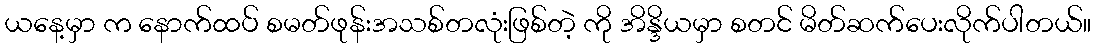
ယနေ့မှာ က နောက်ထပ် စမတ်ဖုန်းအသစ်တလုံးဖြစ်တဲ့ ကို အိန္ဒိယမှာ စတင် မိတ်ဆက်ပေးလိုက်ပါတယ်။